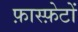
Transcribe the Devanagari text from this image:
फ़ास्फ़ेटों